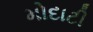
મોદાટી